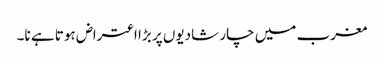
مغرب میں چار شادیوں پر بڑا اعتراض ہوتا ہے نا۔